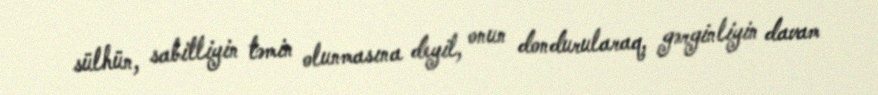
sülhün, sabitliyin təmin olunmasına deyil, onun dondurularaq, gərginliyin davam